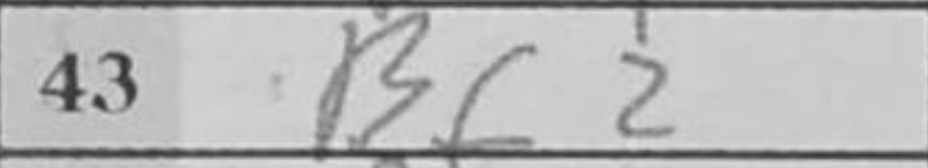
Transcription: Bf2